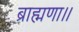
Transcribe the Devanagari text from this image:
ब्राह्मणा।।